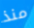
منذ